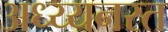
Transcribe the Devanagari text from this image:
अध्य्यनरत